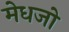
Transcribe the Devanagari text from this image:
मेधजो